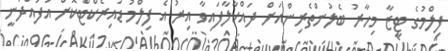
ފިލްމުގެ ޓީޒާ މިހާރު ބެލުންތެރިންއަށް ދައްކާލާފައިވާ އިރު އެ ފިލްމު ޑައިރެކްޓްކޮށް އުފައްދަނީ